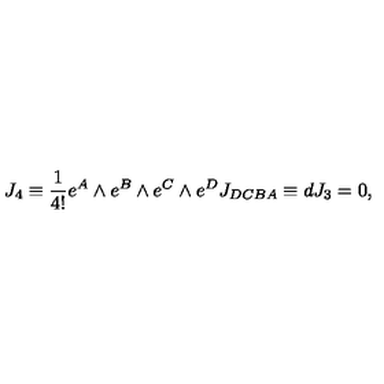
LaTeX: J _ { 4 } \equiv { \frac { 1 } { 4 ! } } e ^ { A } \wedge e ^ { B } \wedge e ^ { C } \wedge e ^ { D } J _ { D C B A } \equiv d J _ { 3 } = 0 , \qquad